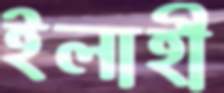
ইলাহী